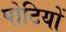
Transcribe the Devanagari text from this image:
पोटियों